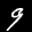
Label: 9